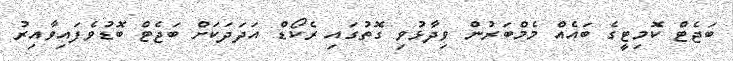
ބަޖެޓް ކޮމިޓީގެ ބައެއް މެމްބަރުން ވިދާޅުވި ގޮތުގައި ރެކޯޑް އަދަދަކަށް ބަޖެޓް ބޮޑުވެފައިވާއިރު